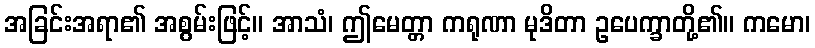
အခြင်းအရာ၏ အစွမ်းဖြင့်။ အာသံ၊ ဤမေတ္တာ ကရုဏာ မုဒိတာ ဥပေက္ခာတို့၏။ ကမော၊